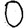
Digit: 0